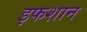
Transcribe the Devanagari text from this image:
इफशान